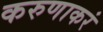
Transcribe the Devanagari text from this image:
करुणाकरं